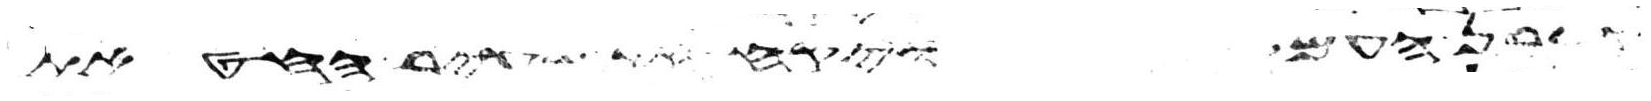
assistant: קרבן העם ויקח את שעיר החטאת